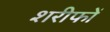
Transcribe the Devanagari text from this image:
शरीफों